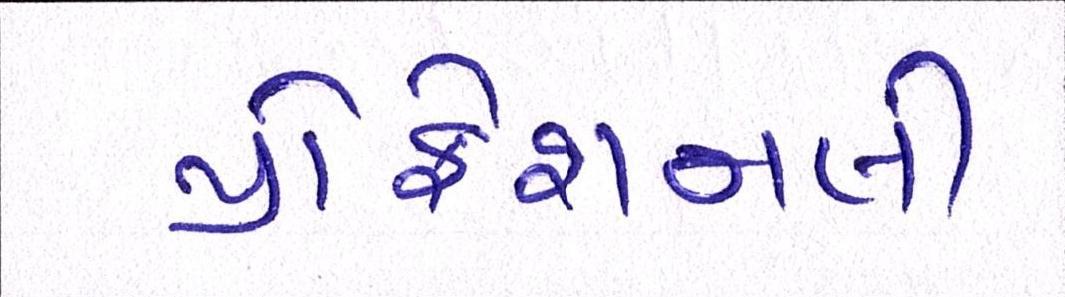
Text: પ્રોફેશનલી